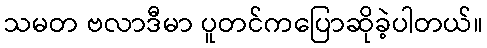
သမတ ဗလာဒီမာ ပူတင်ကပြောဆိုခဲ့ပါတယ်။